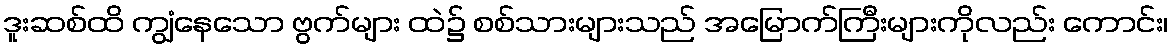
ဒူးဆစ်ထိ ကျွံနေသော ဗွက်များ ထဲ၌ စစ်သားများသည် အမြောက်ကြီးများကိုလည်း ကောင်း၊